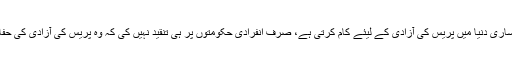
لیکن اس تنظیم نے جو ساری دنیا میں پریس کی آزادی کے لیئے کام کرتی ہے، صرف انفرادی حکومتوں پر ہی تنقید نہیں کی کہ وہ پریس کی آزادی کی حفاظت میں ناکام رہی ہیں۔